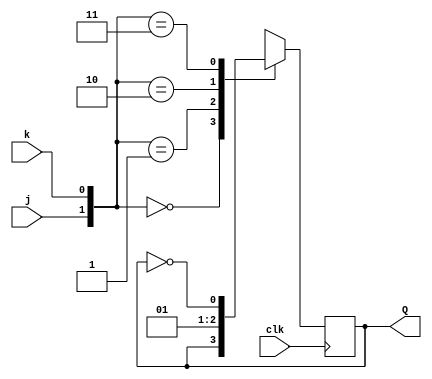
module top_module (
    input clk,
    input j,
    input k,
    output Q); 
    
    always @(posedge clk) begin
        case({j, k})
            2'b00 : Q <= Q;
            2'b01 : Q <= 0;
            2'b10 : Q <= 1;
            2'b11 : Q <= ~Q;
        endcase
    end

endmodule